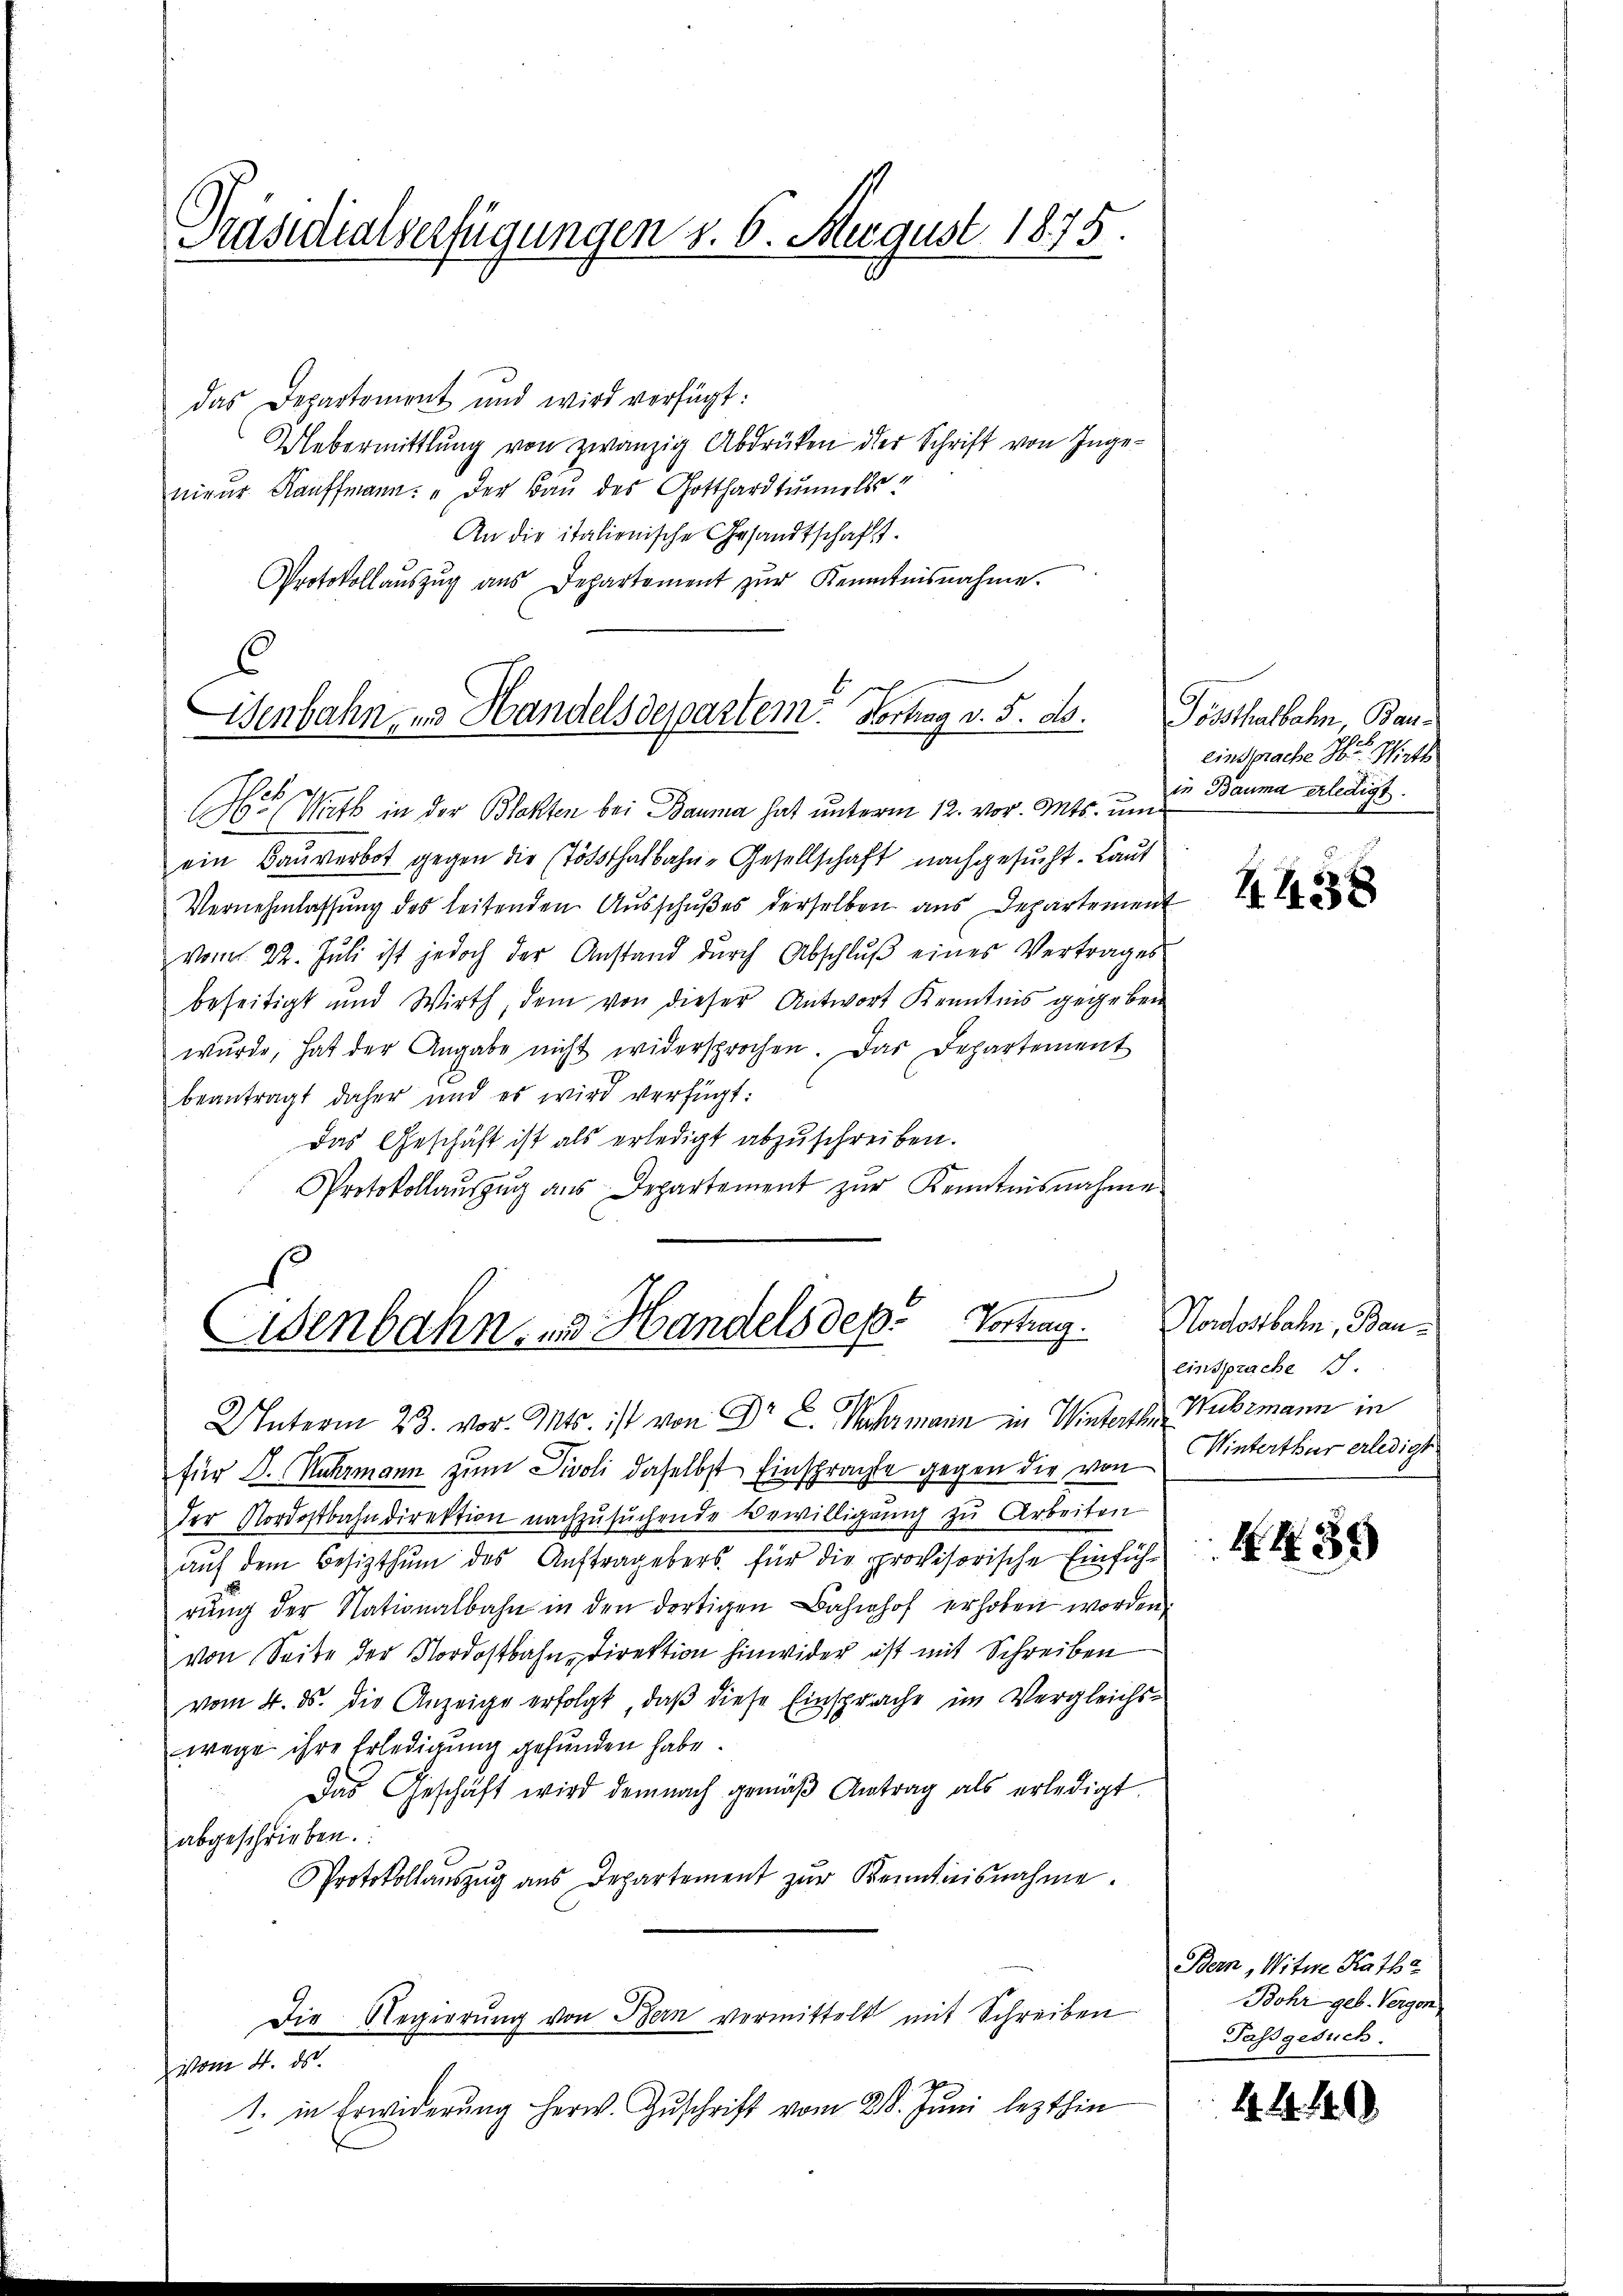
Präsidialverfügungen v. 6. August 1875.

6
isenbahn, und Handelsdepartem Vortrag v. 5. ds.

das Departement und wird verfügt:
Uebermittlung von zwanzig Abdrüken der Schrift von Ingenieur Kauffmann: „Der Baŭ des Gotthardtunnelis
An die italienische Gesandtschaft.
Protokollaŭszŭg aŭs Departement zŭr Kenntnisnahme.
 Witt in der Blatten bei Bauma hat unterm 12. vor. Mts. um
ein Baŭverbot gegen die Tößthalbahn-Gesellschaft nachgesucht. Laut
Vernehmlassung des leitenden Ausschußes derselben aus Departement
vom 22. Jŭli ist jedoch der Anstand dŭrch Abschlŭβ eines Vertrages
beseitigt und Wirth, dem von dieser Antwort Kenntnis gegeben
wŭrde, hat der Angabe nicht widersprochen. Das Departement
beantragt daher und es wird verfügt:
Das Geschäft ist als erledigt abzuschreiben.
Protokollaŭszŭg aŭs Departement zŭr Kenntnisnahme

Eisenbahn, zu Handels dep. Vortrag. Nordostbahn, Bau¬

Unterm 23. vor. Mts. ist von Dr E. Mehrmann in Winterthe Wuhrmann in
für J. Nehrmann zum Divoli daselbst Einsprachte gegen die von Wintertbar erledigt
der Nordostbahndirektion nachzŭsŭchende Bewilligŭng zu Arbeiten
auf dem Besitzthum des Auftragebers für die provisorische Einführŭng der Nationalbahn in den dortigen Bahnhof erhoben worden.
von Seite der Nordostbahn-Direktion hinwider ist mit Schreiben
vom 4. ds. die Anzeige erfolgt, daß diese Einsprache im Vergleichs-
wege ihre Erledigung gefunden habe.
Das Geschäft wird demnach gemäβ Antrag als erledigt.
abgeschrieben.
Protokollaŭszŭg aŭs Departement zŭr Kenntnisnahme.
Die Regierŭng von Bern vormittelt mit Schreiben
vom 4. ds.
1. in Erwiderŭng herw. Zŭschrift vom 28. Juni lezthin

Pönthalbahn, Ban
Einsprache Hr. Wirth
in Bauma erledigt.

4458

einsprache S.

4430

Bern, Witwe Katha
Bohr geb. Vergen
Passgesuch.

4. 4. 140